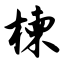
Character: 楝